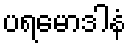
ပရမောဒါနံ